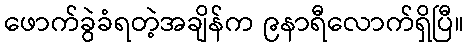
ဖောက်ခွဲခံရတဲ့အချိန်က ၉နာရီလောက်ရှိပြီ။